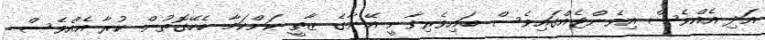
އަދި އެއްވެސް އިވެންޓެއްގައިވެސް ބައިވެރިވާނީ އޭނާގެ ޒާތީ ކަންކަމާ ބެހޭގޮތުން ކުރާ އެއްވެސް